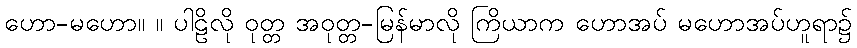
ဟော-မဟော။ ။ ပါဠိလို ဝုတ္တ အဝုတ္တ-မြန်မာလို ကြိယာက ဟောအပ် မဟောအပ်ဟူရာ၌